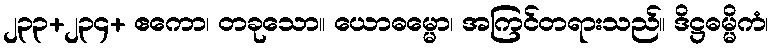
၂၃၃+၂၃၄+ ဧကော၊ တခုသော။ ယောဓမ္မော၊ အကြင်တရားသည်။ ဒိဋ္ဌဓမ္မိကံ၊